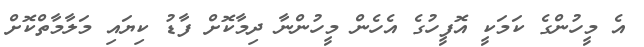
އެ މީހުންގެ ކަމަކީ އޮފީހުގެ އެހެން މީހުންނާ ދިމާކޮށް ފާޑު ކިޔައި މަލާމާތްކޮށް